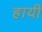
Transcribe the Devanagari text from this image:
हायी